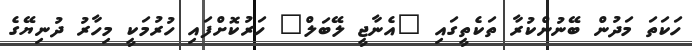
ހަކަތަ މަދުން ބޭނުންކުރާ ތަކެތީގައި "އެނާޖީ ލޭބަލް" ހަރުކޮށްފައި ހުރުމަކީ މިހާރު ދުނިޔޭގެ